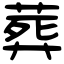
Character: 葬